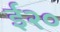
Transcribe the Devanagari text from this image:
ई२०